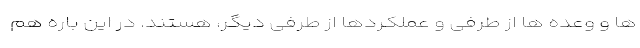
ها و وعده ها از طرفی و عملکردها از طرفی دیگر، هستند. در این باره هم